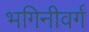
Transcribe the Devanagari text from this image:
भगिनीवर्ग